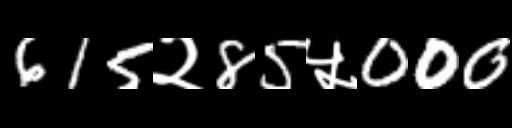
Text: 615२85५000